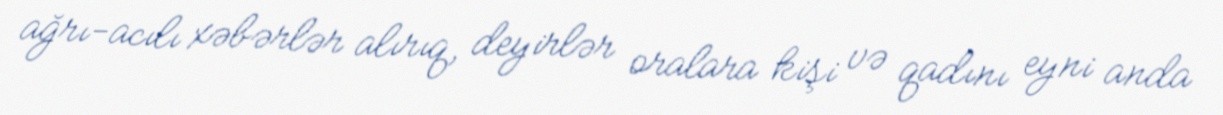
ağrı-acılı xəbərlər alırıq, deyirlər oralara kişi və qadını eyni anda